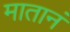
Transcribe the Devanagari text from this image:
मातानं